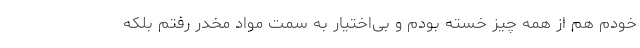
خودم هم از همه چیز خسته بودم و بی‌اختیار به سمت مواد مخدر رفتم بلکه